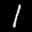
Label: 1